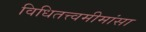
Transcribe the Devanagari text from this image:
विधितत्त्वमीमांसा